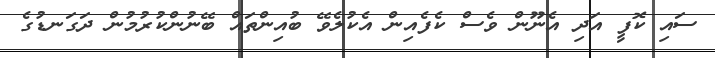
ސައި ކޮފީ އަދި އެނޫން ވެސް ކެފެއިން އެކުލެވޭ ބުއިންތައް ބޭނުންކުރުމުން ދަގަނޑުގެ